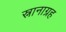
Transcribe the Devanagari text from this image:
स्नानाग्रह